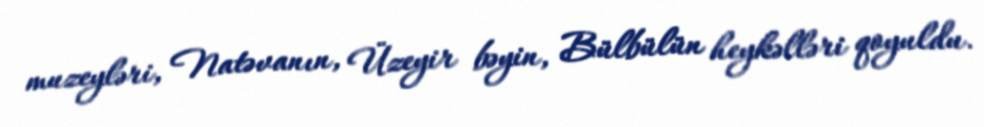
muzeyləri, Natəvanın, Üzeyir bəyin, Bülbülün heykəlləri qoyuldu.